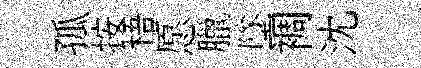
孤按梧愿臘墜裯沈